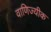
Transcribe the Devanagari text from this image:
वाणिज्यीक